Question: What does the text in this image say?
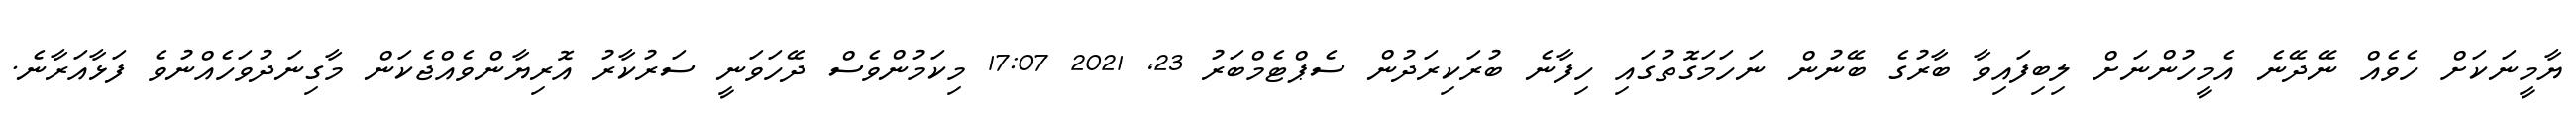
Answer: ޔާމީނަކަށް ހެވެއް ނޭދޭނެ އެމީހުންނަށް ލިބިފައިވާ ބާރުގެ ބޭނުން ނަހަމަގޮތުގައި ހިފާނެ ބުރަކިރަދުން ސެޕްޓެމްބަރު 23, 2021 17:07 މިކަމުންވެސް ދޭހަވަނީ ސަރުކާރު އޮރިޔާންވެއްޖެކަން މާގިނަދުވަހެއްނުވެ ފަޅާއަރާނެ.